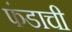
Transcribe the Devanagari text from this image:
फंडाची